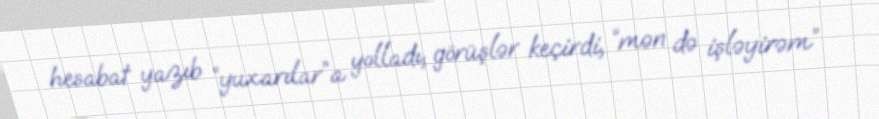
hesabat yazıb “yuxarılar”a yolladı, görüşlər keçirdi, “mən də işləyirəm”